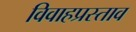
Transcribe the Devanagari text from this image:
विवाहप्रस्ताव